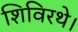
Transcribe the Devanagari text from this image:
शिविरथे।